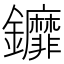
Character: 𨰞